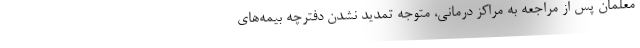
معلمان پس از مراجعه به مراکز درمانی، متوجه تمدید نشدن دفترچه بیمه‌های